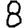
Digit: 8